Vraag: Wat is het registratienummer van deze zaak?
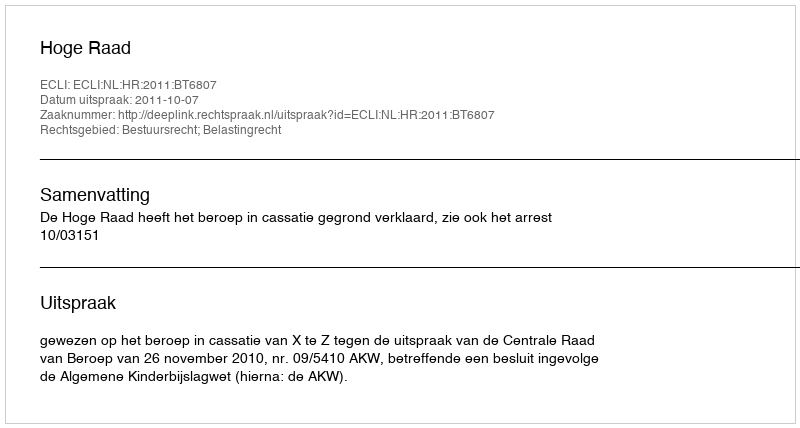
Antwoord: http://deeplink.rechtspraak.nl/uitspraak?id=ECLI:NL:HR:2011:BT6807